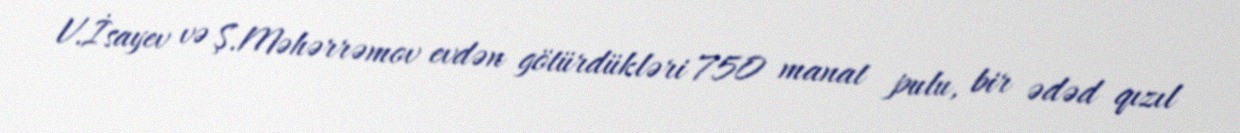
V.İsayev və Ş.Məhərrəmov evdən götürdükləri 750 manat pulu, bir ədəd qızıl